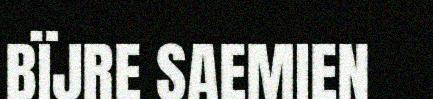
BÏJRE SAEMIEN